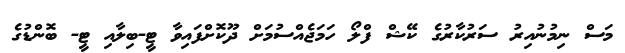
މަސް ނިމުނުއިރު ސަރުކާރުގެ ކޭޝް ފްލޯ ހަމަޖެއްސުމަށް ދޫކޮށްފައިވާ ޓީ-ބިލާއި ޓީ- ބޮންޑުގެ